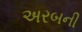
અરબની